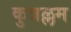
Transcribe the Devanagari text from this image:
कुत्रल्लम